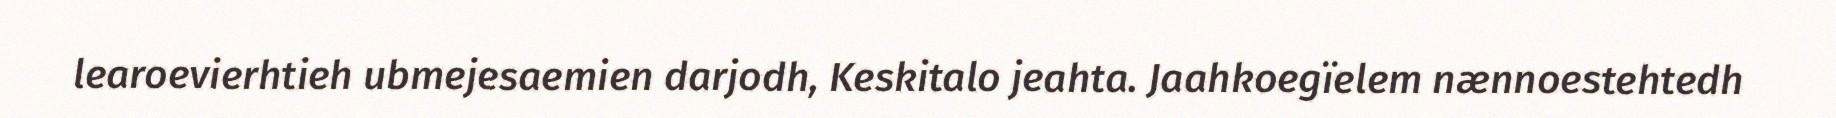
learoevierhtieh ubmejesaemien darjodh, Keskitalo jeahta. Jaahkoegïelem nænnoestehtedh